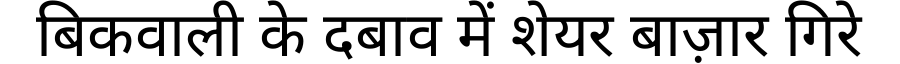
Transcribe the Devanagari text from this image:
बिकवाली के दबाव में शेयर बाज़ार गिरे